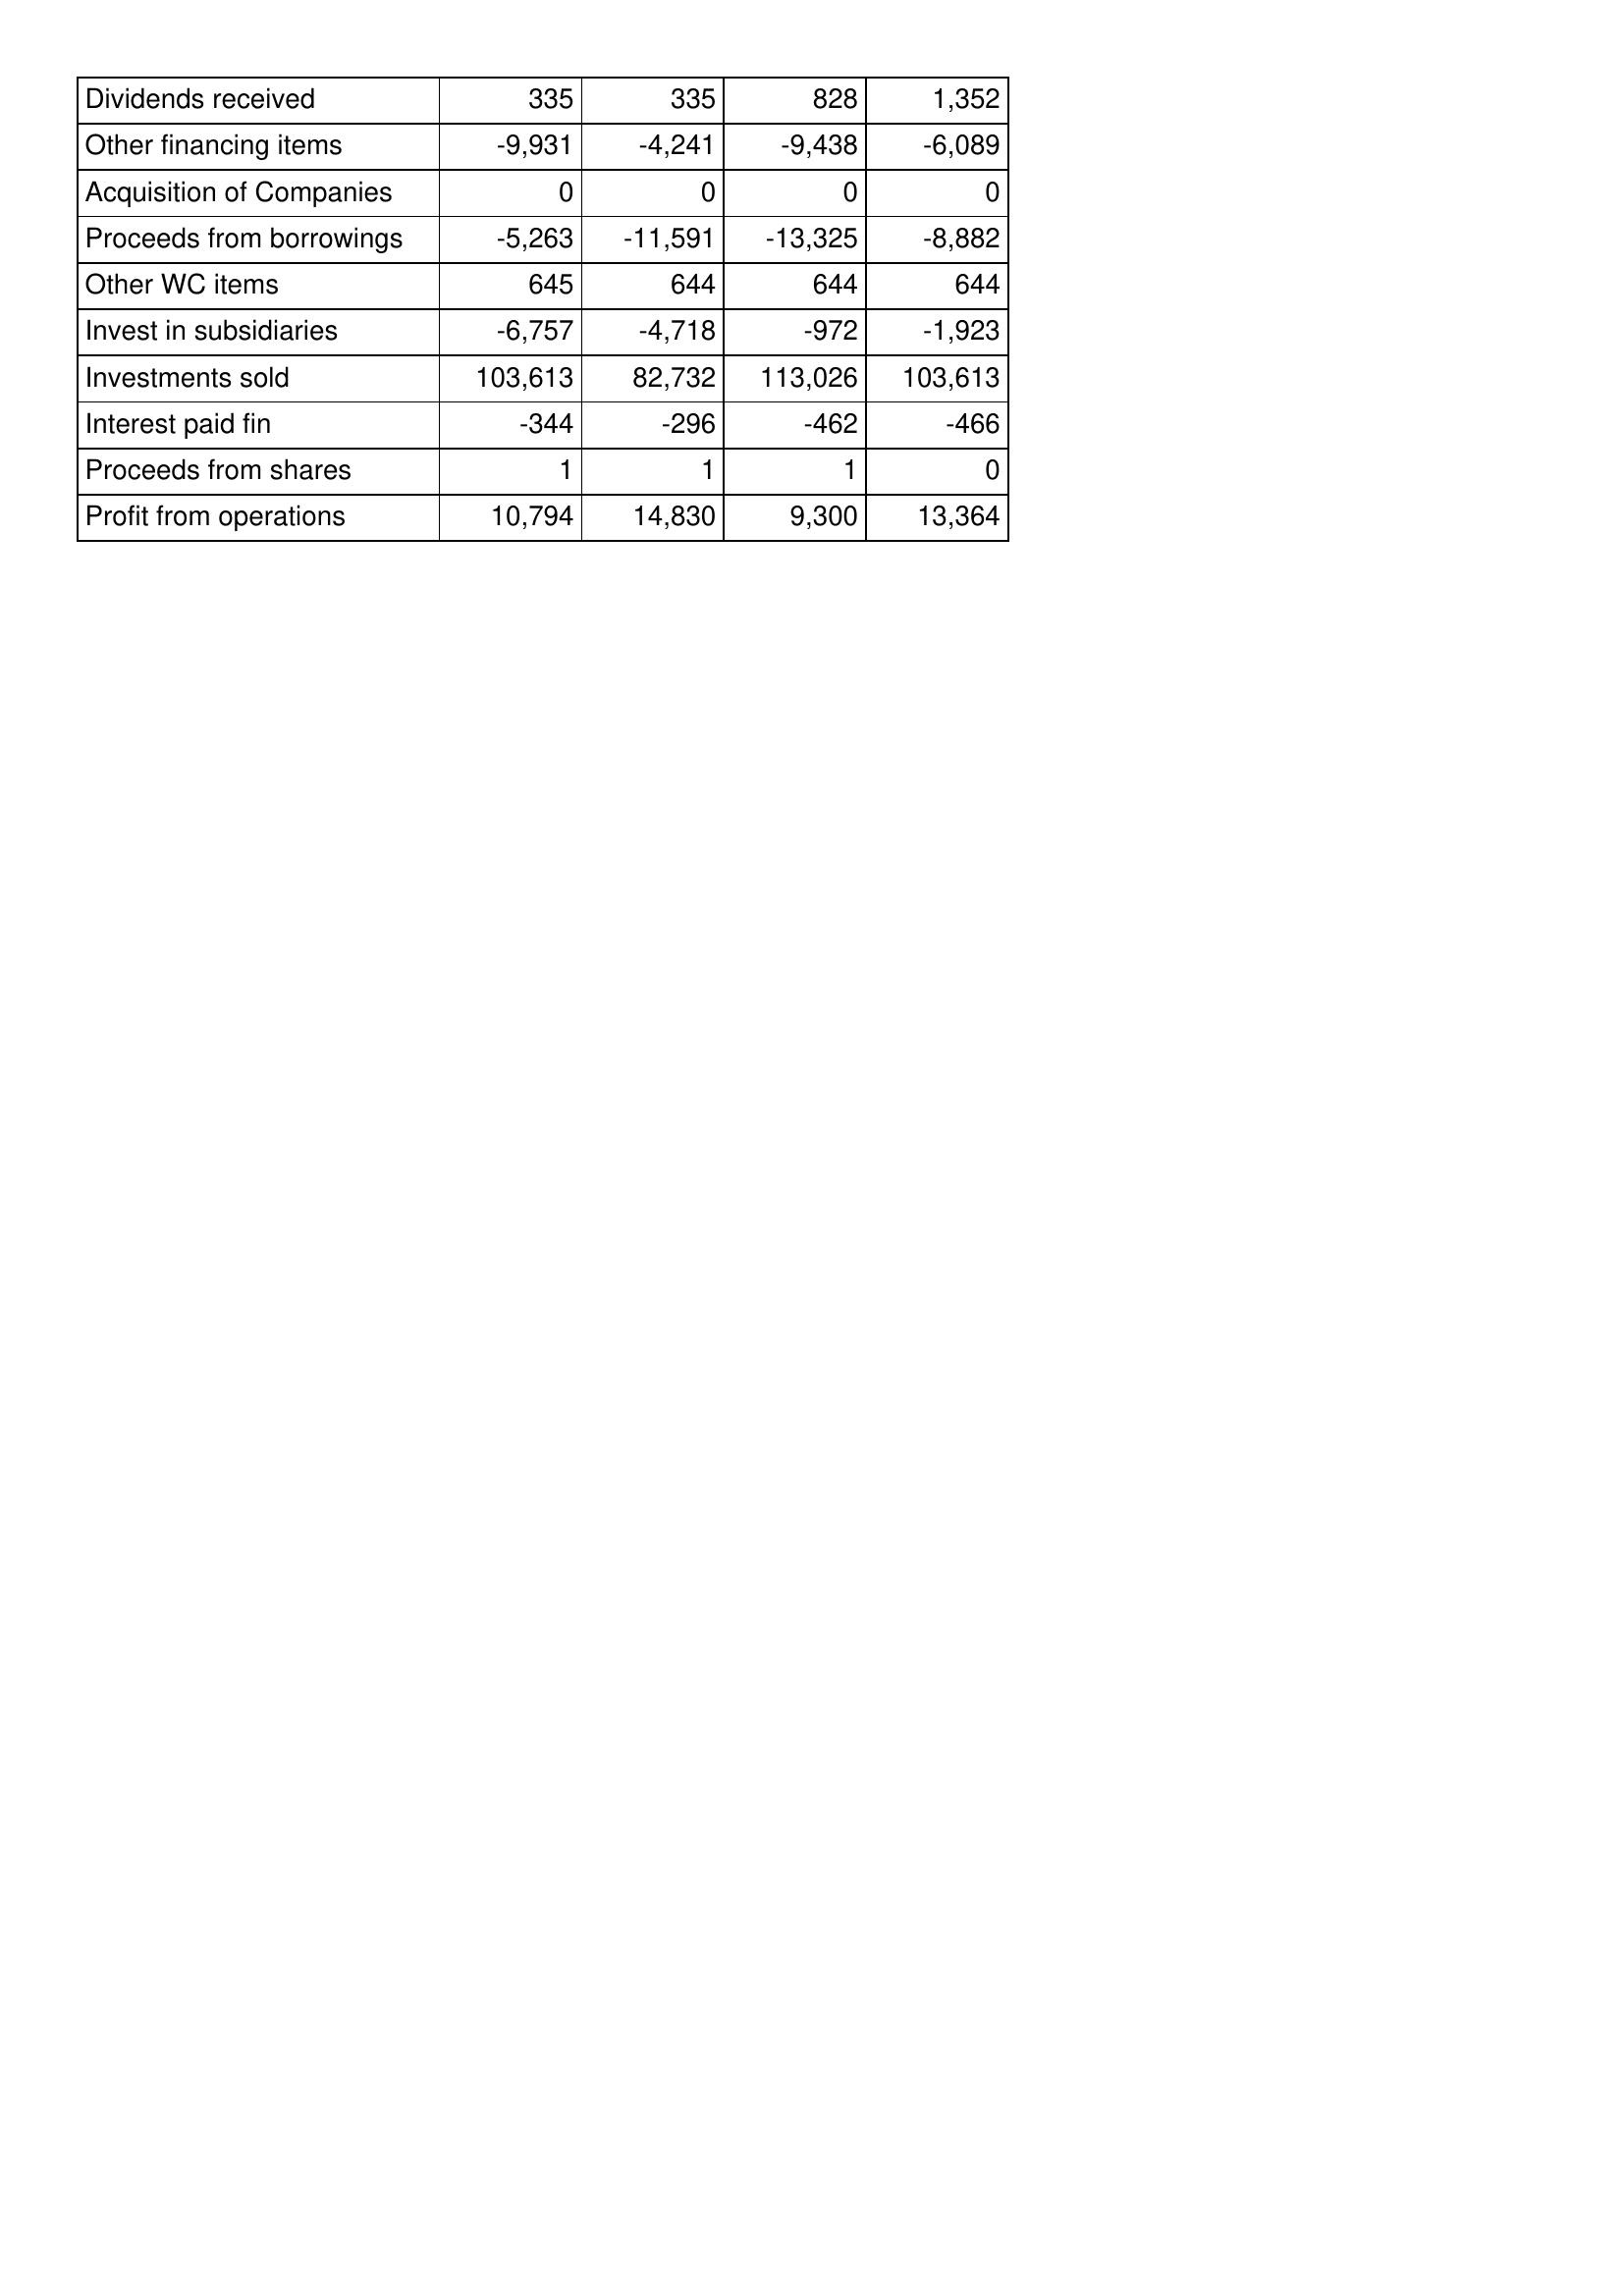
Jun-11: Cash Flows: Dividends received: 335
Other financing items: -9,931
Acquisition of Companies: 0
Proceeds from borrowings: -5,263
Other WC items: 645
Invest in subsidiaries: -6,757
Investments sold: 103,613
Interest paid fin: -344
Proceeds from shares: 1
Profit from operations: 10,794
Jun-12: Cash Flows: Dividends received: 335
Other financing items: -4,241
Acquisition of Companies: 0
Proceeds from borrowings: -11,591
Other WC items: 644
Invest in subsidiaries: -4,718
Investments sold: 82,732
Interest paid fin: -296
Proceeds from shares: 1
Profit from operations: 14,830
Jun-13: Cash Flows: Dividends received: 828
Other financing items: -9,438
Acquisition of Companies: 0
Proceeds from borrowings: -13,325
Other WC items: 644
Invest in subsidiaries: -972
Investments sold: 113,026
Interest paid fin: -462
Proceeds from shares: 1
Profit from operations: 9,300
Jun-14: Cash Flows: Dividends received: 1,352
Other financing items: -6,089
Acquisition of Companies: 0
Proceeds from borrowings: -8,882
Other WC items: 644
Invest in subsidiaries: -1,923
Investments sold: 103,613
Interest paid fin: -466
Proceeds from shares: 0
Profit from operations: 13,364